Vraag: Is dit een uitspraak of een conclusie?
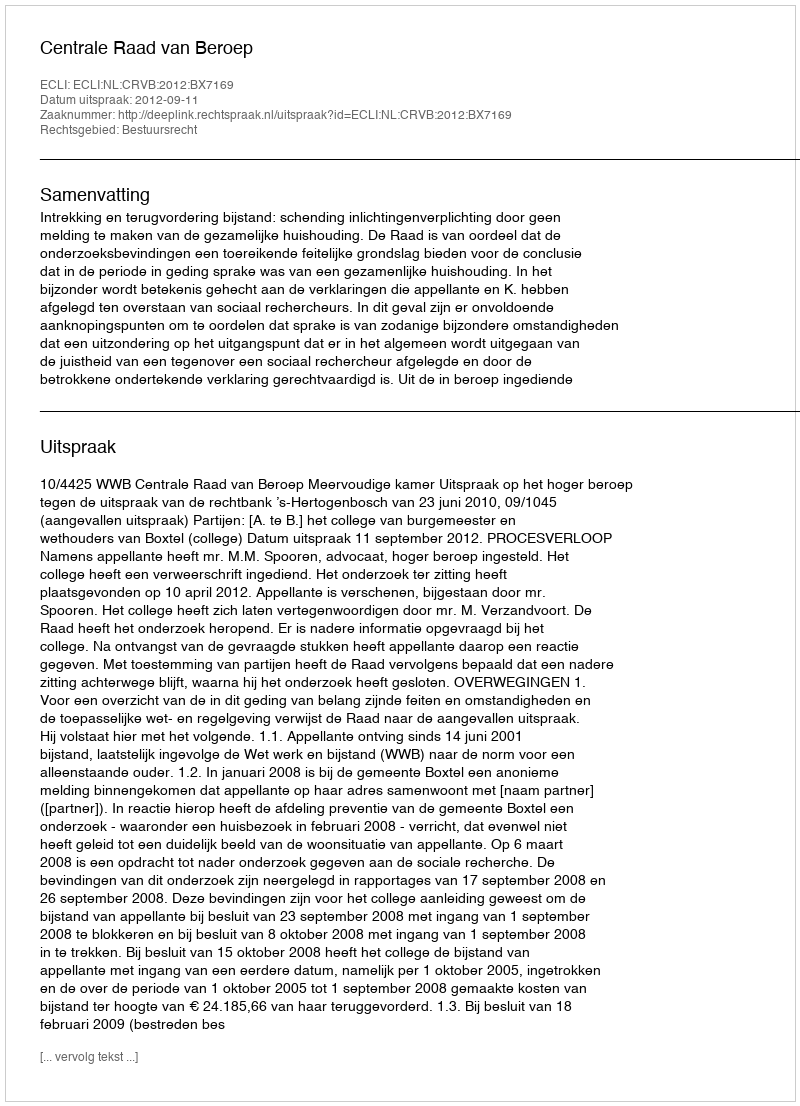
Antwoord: Uitspraak